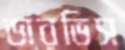
ডারভিস